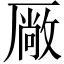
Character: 厰